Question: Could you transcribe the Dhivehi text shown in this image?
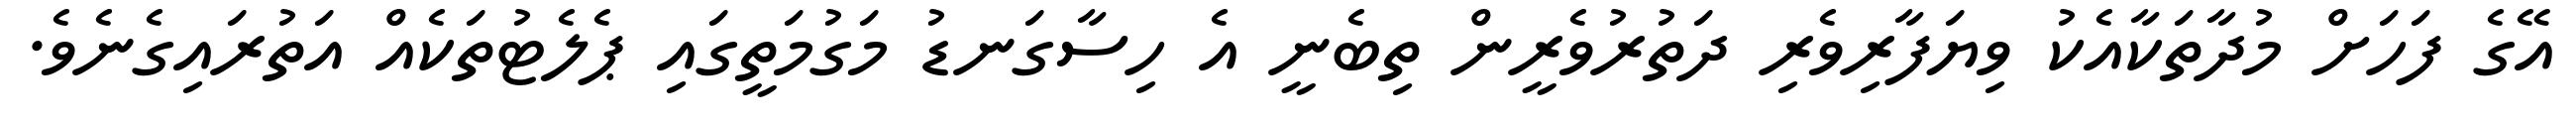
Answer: އޭގެ ފަހަށް މުދާތަކާއެކު ވިޔަފާރިވެރި ދަތުރުވެރީން ތިބެނީ އެ ހިސާގަނޑު މަގުމަތީގައި ޕެލެޓުތަކެއް އަތުރައިގެނެވެ.